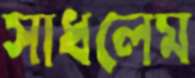
সাধলেম